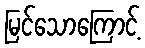
မြင်သောကြောင့်